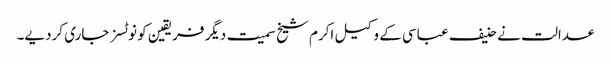
عدالت نے حنیف عباسی کے وکیل اکرم شیخ سمیت دیگر فریقین کو نوٹسز جاری کردیے۔